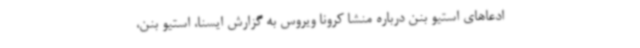
ادعاهای استیو بنن درباره منشا کرونا ویروس به گزارش ایسنا، استیو بنن،